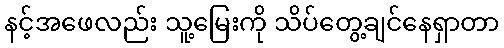
နင့်အဖေလည်း သူ့မြေးကို သိပ်တွေ့ချင်နေရှာတာ